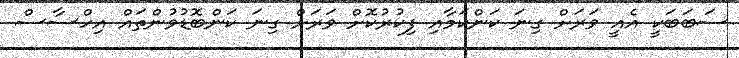
ސަބަބަކީ އެއީ ވަރަށް ގިނަ ކަންކަމާއި ފިކުރުކޮށް ވަރަށް ގިނަ ކަންބޮޑުވުންތައް އިހްސާސް